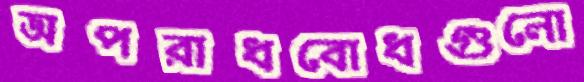
অপরাধবোধগুলো